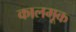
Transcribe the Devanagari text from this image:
कालमूक